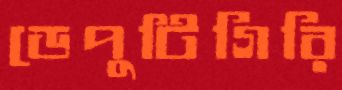
ডেপুটিগিরি